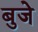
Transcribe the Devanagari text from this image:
बुजे